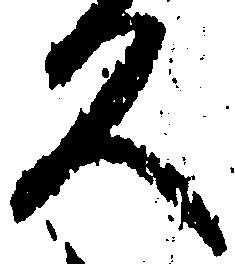
久